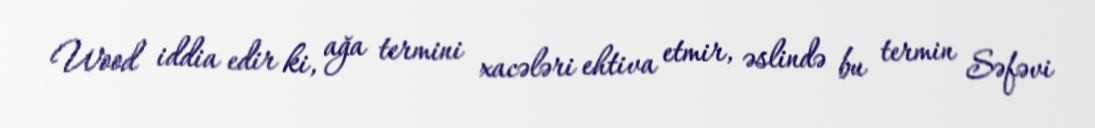
Wood iddia edir ki, ağa termini xacələri ehtiva etmir, əslində bu termin Səfəvi